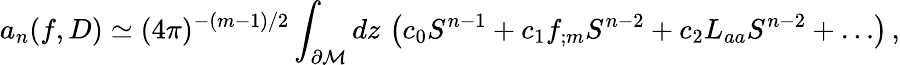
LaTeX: a_{n}(f,D)\simeq(4\pi)^{-(m-1)/2}\int_{\partial{\cal M}}dz\, \left(c_{0}S^{n-1}+c_{1}f_{;m}S^{n-2}+c_{2}L_{aa}S^{n-2}+\dots\right)\, ,